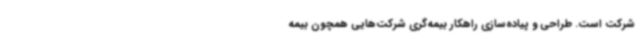
شرکت است. طراحی و پیاده‌سازی راهکار بیمه‌گری شرکت‌هایی همچون بیمه